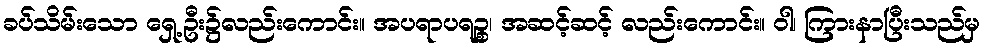
ခပ်သိမ်းသော ရှေ့ဦး၌လည်းကောင်း။ အပရာပရဉ္စ၊ အဆင့်ဆင့် လည်းကောင်း။ ဝါ၊ ကြားနာပြီးသည်မှ